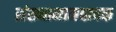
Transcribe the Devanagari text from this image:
संख्यानामवाचक